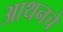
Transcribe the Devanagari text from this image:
आथनचे